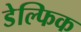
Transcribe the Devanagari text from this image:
डेल्फिक